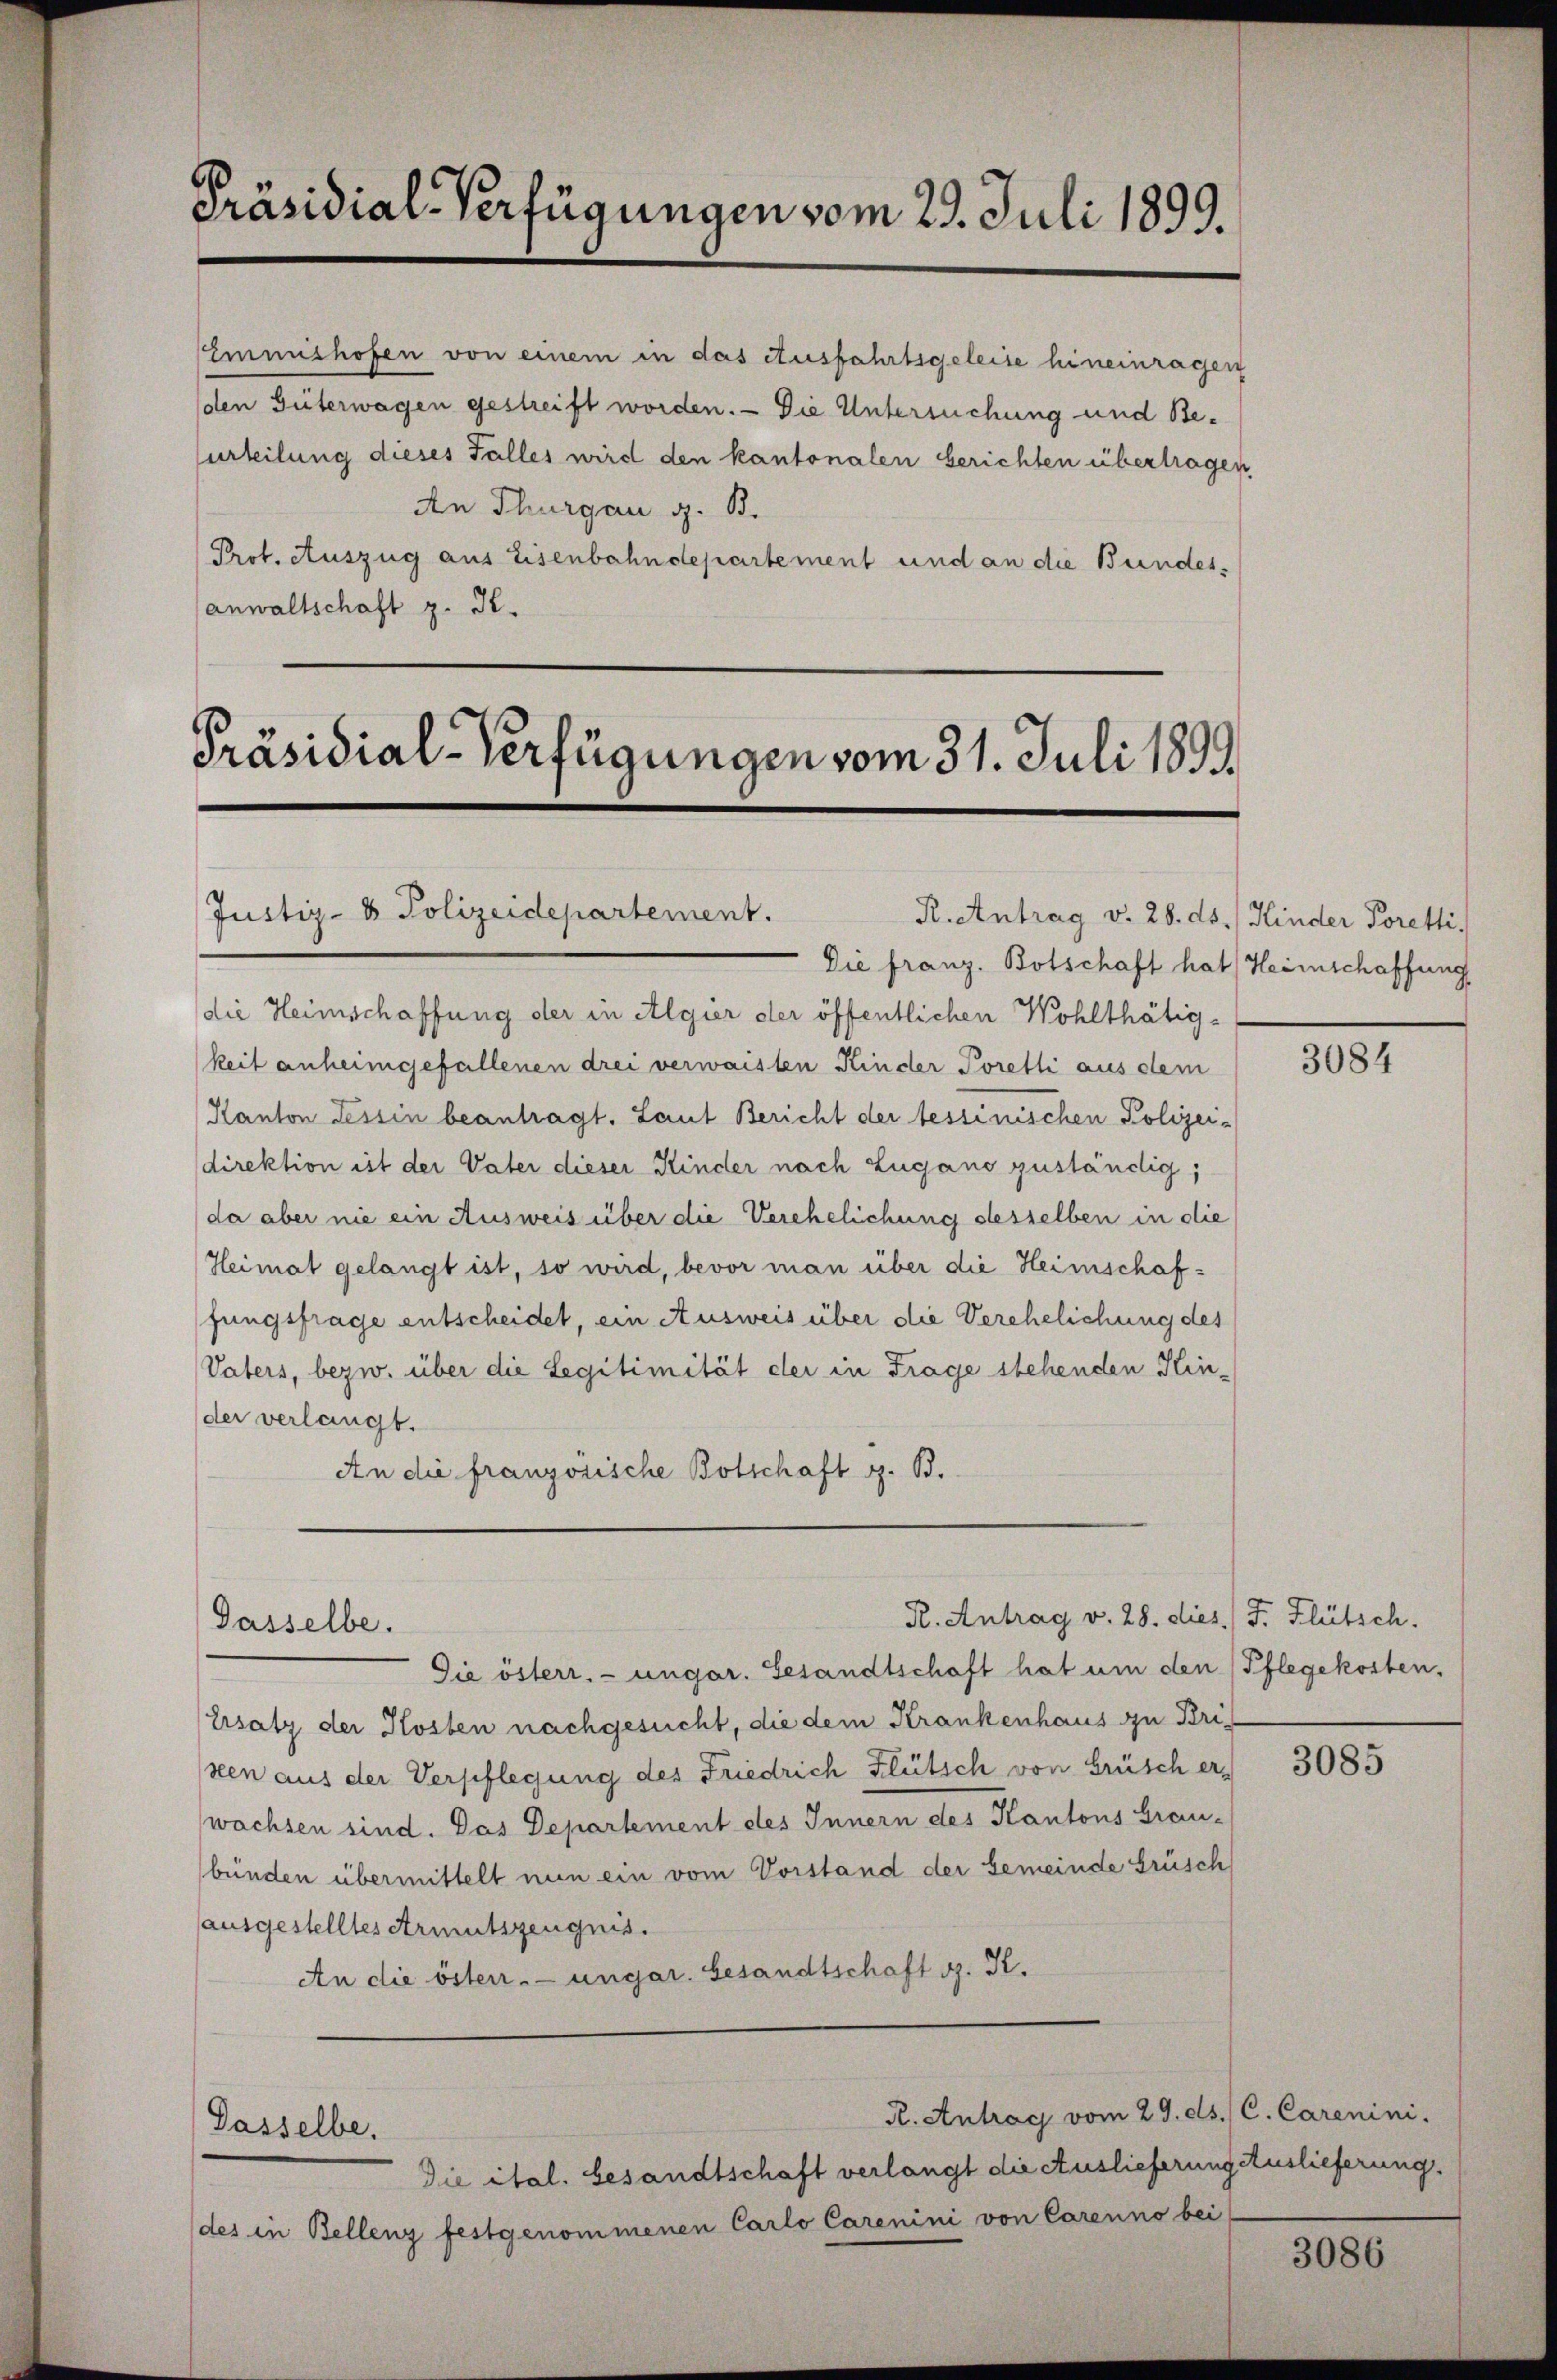
Präsidial-Verfügungen vom 29. Juli 1899.

Emmishofen von einem in das Ausfahrtsgeleise hineinragen
den Güterwagen gestreift worden. — Die Untersuchung und Beurteilung dieses Falles wird den kantonalen berichten übertragen,
An Thurgau g. B.
Prot. Auszug aus Eisenbahndepartement und an die Bundesanwaltschaft z. K.

Präsidial-Verfügungen vom 31. Juli 189

Justiz- & Polizeidepartement.

Dasselbe.

Die franz. Botschaft hat Heimschaffung
die Heimschaffung der in Algier der öffentlichen Wohlthätigkeit anheimgefallenen drei verwaisten Kinder Poretti aus dem
Kanton Tessin beantragt. Laut Bericht der tessinischen Polizei-
direktion ist der Vater dieser Kinder nach Zugano zuständig;
da aber nie ein Ausweis über die Verehelichung desselben in die
Heimat gelangt ist, so wird, bevor man über die Heimschaffungsfrage entscheidet, ein Ausweis über die Verehelichung des
Vaters, bezw. über die Legitimität der in Frage stehenden Hin-
der verlangt.
An die französische Botschaft z. B.

Dasselbe,

R. Antrag v. 28. dies F. Flütsch.

Die österr. ungar. Gesandtschaft hat um den (Pflegekosten.
Ersatz der Kosten nachgesucht, die dem Krankenhaus zu Briseen aus der Verpflegung des Friedrich Flütsch von Brüsch erwachsen sind. Das Departement des Innern des Kantons Grau-
bünden übermittelt nun ein vom Vorstand der Gemeinde Grüsch
ausgestelltes Armutszeugnis.
An die öster- ungar. Gesandtschaft d. K.

R. Antrag vom 29. ds. C. Carenini.
Die ital. Gesandtschaft verlangt die Auslieferung Auslieferung.
des in Bellenz festgenommenen Carlo Carenini von Carenno bei

R. Antrag v. 28. ds. / Kinder Poretti.

3084

3085

3086